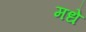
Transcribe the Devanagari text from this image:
मधे